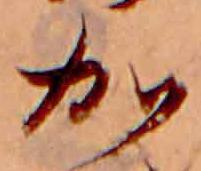
加